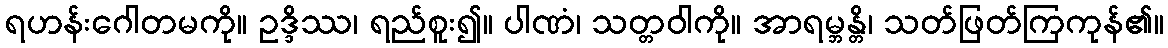
ရဟန်းဂေါတမကို။ ဥဒ္ဒိဿ၊ ရည်စူး၍။ ပါဏံ၊ သတ္တဝါကို။ အာရမ္ဘန္တိ၊ သတ်ဖြတ်ကြကုန်၏။